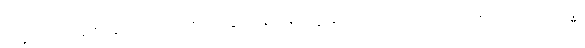
မုက္ခပါဌ်တိ၊ တွတ်တွတ်ညင်းညင်း၊ သာခြင်းချေးချေး၊ ပျံ့မွှေးအကျော်၊ တရားတော်ကို၊ ကြားသော်သဒ္ဓါ၊